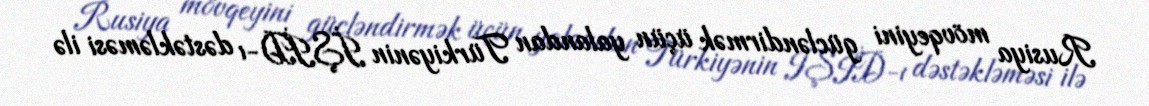
Rusiya mövqeyini gücləndirmək üçün yalandan Türkiyənin İŞİD-ı dəstəkləməsi ilə